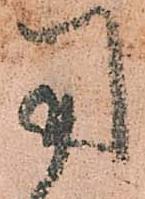
用